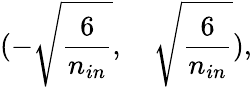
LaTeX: (-\sqrt{\frac{6}{n_{in}}},\quad\sqrt{\frac{6}{n_{in}}}),